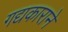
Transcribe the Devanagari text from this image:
गद्यकाराने